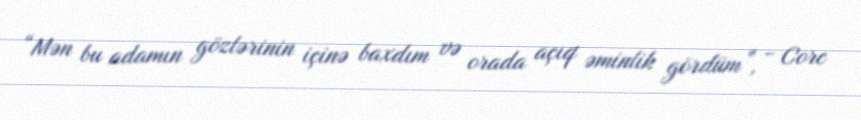
“Mən bu adamın gözlərinin içinə baxdım və orada açıq əminlik gördüm”, - Corc